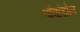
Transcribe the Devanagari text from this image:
डांवांडोल